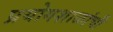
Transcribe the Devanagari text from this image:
प्रयोगशाळांची